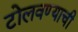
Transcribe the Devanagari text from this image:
टोलवण्याची